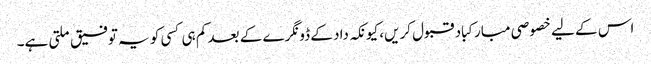
اس کے لیے خصوصی مبارکباد قبول کریں، کیونکہ داد کے ڈونگرے کے بعد کم ہی کسی کو یہ توفیق ملتی ہے۔